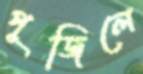
পূজিলে